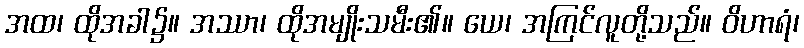
အထ၊ ထိုအခါ၌။ အဿာ၊ ထိုအမျိုးသမီး၏။ ယေ၊ အကြင်လူတို့သည်။ ဝိဟာရံ၊